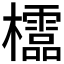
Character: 𣠄